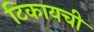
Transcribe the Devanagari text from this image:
टिकायची